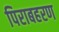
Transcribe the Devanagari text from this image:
पिराबहरण